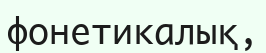
фонетикалық,